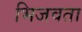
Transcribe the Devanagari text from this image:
भिजवता